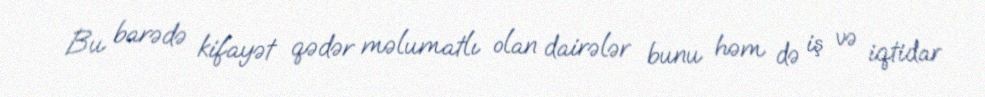
Bu barədə kifayət qədər məlumatlı olan dairələr bunu həm də iş və iqtidar